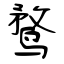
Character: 鹜